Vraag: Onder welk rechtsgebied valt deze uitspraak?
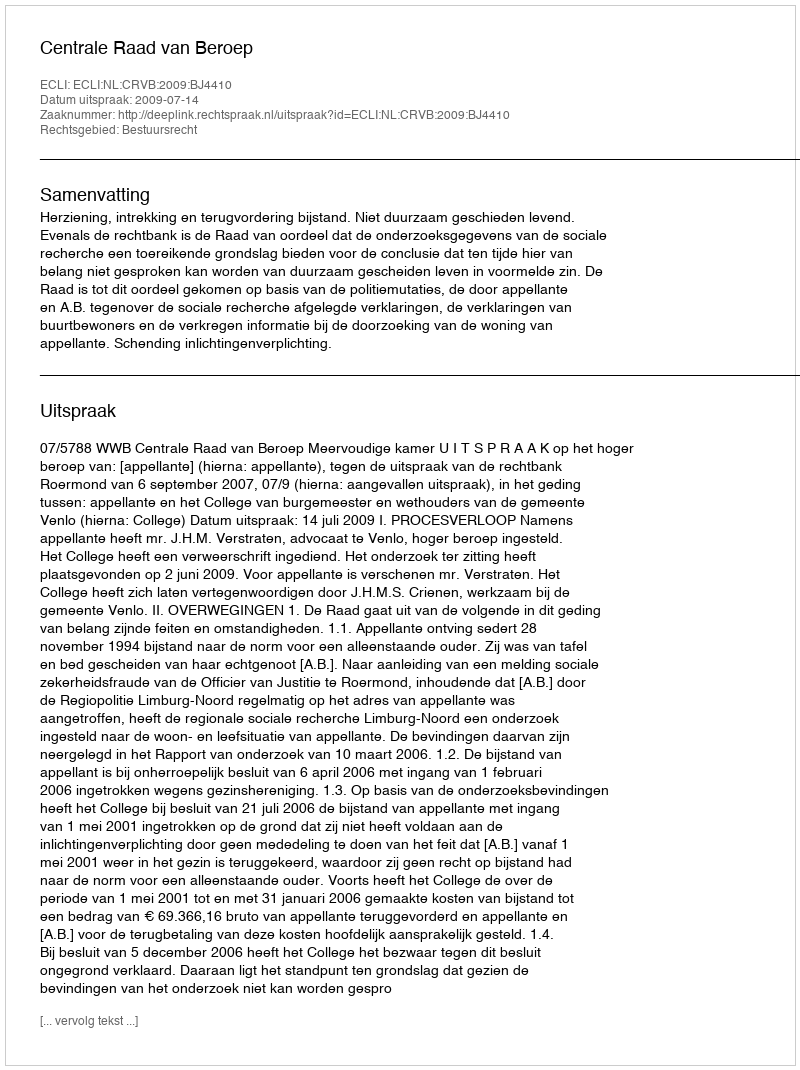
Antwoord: Bestuursrecht